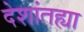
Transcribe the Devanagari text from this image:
देशांतह्या